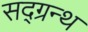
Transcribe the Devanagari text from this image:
सद्ग्रन्थ